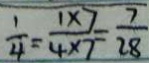
\frac { 1 } { 4 } = \frac { 1 \times 7 } { 4 \times 7 } = \frac { 7 } { 2 8 }